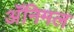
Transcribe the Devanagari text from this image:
अॅनिमल